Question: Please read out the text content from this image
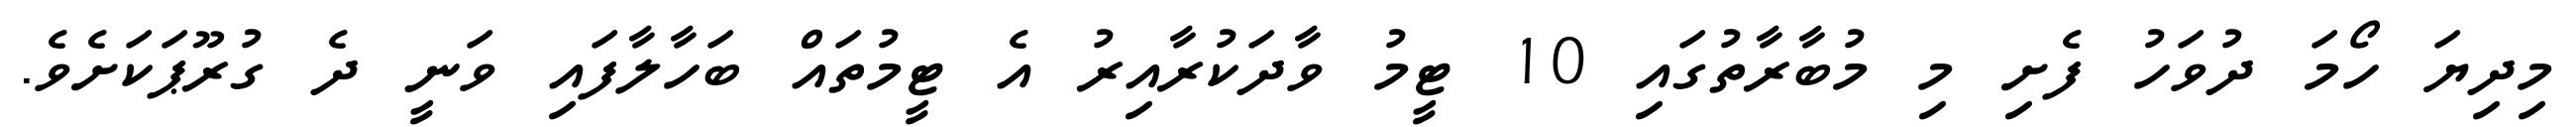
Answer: މިދިޔަ ހޯމަ ދުވަހު ފެށި މި މުބާރާތުގައި 10 ޓީމު ވާދަކުރާއިރު އެ ޓީމުތައް ބަހާލާފައި ވަނީ ދެ ގުރޫޕަކަށެވެ.